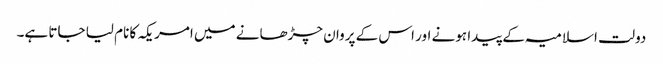
دولت اسلامیہ کے پیدا ہونے اور اس کے پروان چڑھانے میں امریکہ کا نام لیا جاتا ہے۔